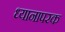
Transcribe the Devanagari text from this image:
ध्यानापरक